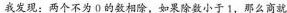
我发现：两个不为0的数相除，如果除数小于1，那么商就